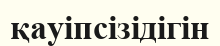
қауіпсізідігін